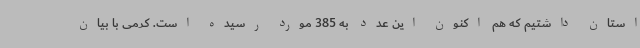
استان داشتیم که هم اکنون این عدد به 385 مورد رسیده است. کرمی با بیان